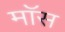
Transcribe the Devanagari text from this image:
माॅस